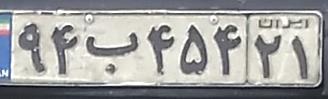
۹۴ب۴۵۴۲۱